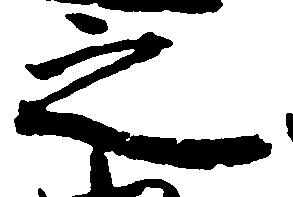
之